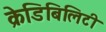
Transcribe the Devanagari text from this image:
क्रेडिबिलिटी